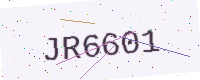
Text: JR6601